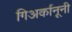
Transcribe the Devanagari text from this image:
गिअर्कानूनी